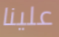
علينا